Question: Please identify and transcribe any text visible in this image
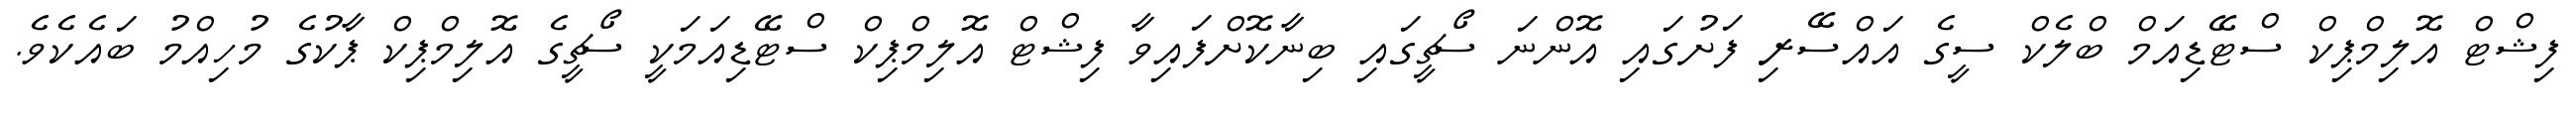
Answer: ފިޝްޓް އޮލިމްޕިކް ސްޓޭޑިއަމް ބްލެކް ސީގެ އައްސޭރި ފަށުގައި އޮންނަ ސޯޗީގައި ބިނާކޮށްފައިވާ ފިޝްޓް އޮލިމްޕިކް ސްޓޭޑިއަމަކީ ސޯޗީގެ އޮލިމްޕިކް ޕާކުގެ މުހިއްމު ބައެކެވެ.